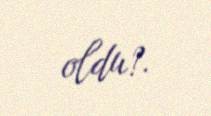
oldu?.